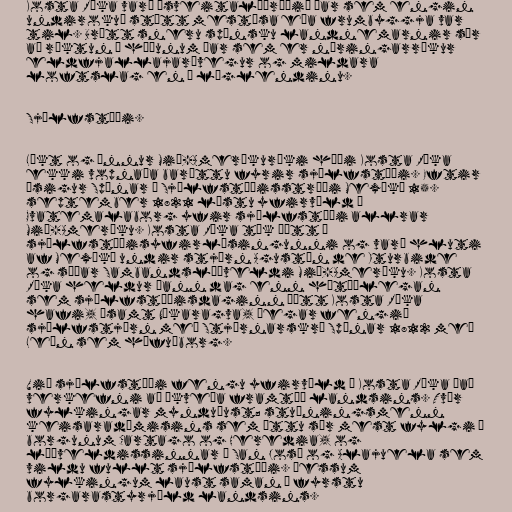
Kosta Ríka varð „sveitalýðræði“ þar sem engin
undirokuð stétt mestísa eða frumbyggja var
til. Brátt sneru spænsku landnemarnir sér
að ræktun í hæðunum þar sem er næringarríkur
eldfjallajarðvegur og mildara
loftslag en á láglendinu.

Sjálfstæði.

Líkt og önnur Mið-Ameríkuríki háði Kosta Ríka
ekki vopnaða baráttu fyrir sjálfstæði. Eftir
ósigur Spánar í Sjálfstæðisstríði Mexíkó 15.
september 1821 lýstu yfirvöld í
Gvatemalaborg yfir sjálfstæði allrar
Mið-Ameríku. Kosta Ríka tók þátt í
sjálfstæðisyfirlýsingunni og varð hluti
af Mexíkó undir stjórn Agustín de Iturbide
og síðar Sambandslýðveldi Mið-Ameríku. Kosta
Ríka heldur þann dag enn hátíðlegan
sem sjálfstæðisdaginn þótt Kosta Ríka
hafi, ásamt Níkaragva, þegar fengið
sjálfstjórn með Stjórnarskrá Spánar 1812 með
León sem höfuðborg.

Við sjálfstæði fengu yfirvöld í Kosta Ríka það
verkefni að ákveða framtíð landsins. Tvær
fylkingar mynduðust; stuðningsmenn
keisaradæmisins sem áttu sér mest fylgi í
borgunum Cartago og Heredia, og
lýðveldissinnar í San José og Alajuela sem
vildu fullt sjálfstæði. Þessum
fylkingum laust saman í fyrstu
borgarastyrjöld landsins.